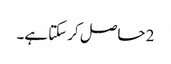
2 حاصل کر سکتا ہے۔